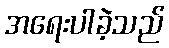
အရေးပါခဲ့သည်